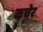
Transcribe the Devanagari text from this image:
कचेर